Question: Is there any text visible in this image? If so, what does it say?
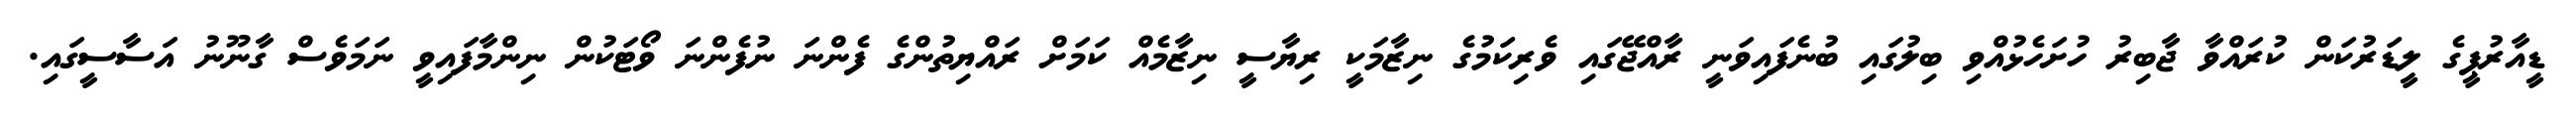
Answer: ޑީއާރުޕީގެ ލީޑަރުކަން ކުރައްވާ ޖާބިރު ހުށަހެޅުއްވި ބިލުގައި ބުނެފައިވަނީ ރާއްޖޭގައި ވެރިކަމުގެ ނިޒާމަކީ ރިޔާސީ ނިޒާމެއް ކަމަށް ރައްޔިތުންގެ ފެންނަ ނުފެންނަ ވޯޓަކުން ނިންމާފައިވީ ނަމަވެސް ގާނޫނު އަސާސީގައި.